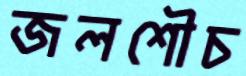
জলশৌচ